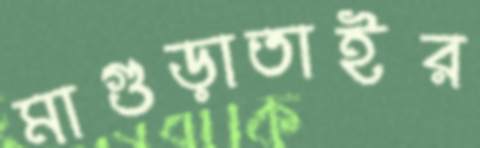
মাগুড়াতাইর